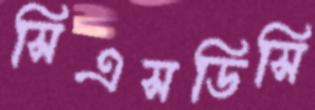
সিএসডিসি